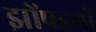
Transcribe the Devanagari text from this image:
झोंपडयों